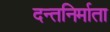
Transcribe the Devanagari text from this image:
दन्तनिर्माता